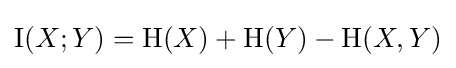
\operatorname {I} (X;Y)=\mathrm {H} (X)+\mathrm {H} (Y)-\mathrm {H} (X,Y)